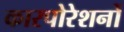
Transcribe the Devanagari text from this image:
कारपोरेशनों